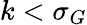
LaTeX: k<\sigma_{G}